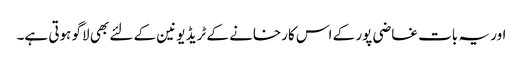
اور یہ بات غاضی پور کے اس کارخانے کے ٹریڈ یونین کے لئے بھی لاگو ہوتی ہے۔